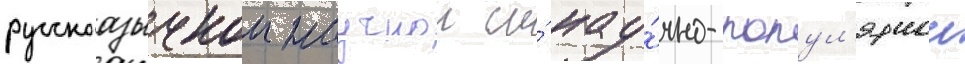
русскоазычнои научнои и́ нау́чно-попул'ярнои